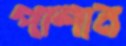
পাশান